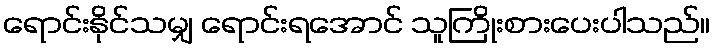
ရောင်းနိုင်သမျှ ရောင်းရအောင် သူကြိုးစားပေးပါသည်။